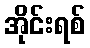
အိုင်းရစ်